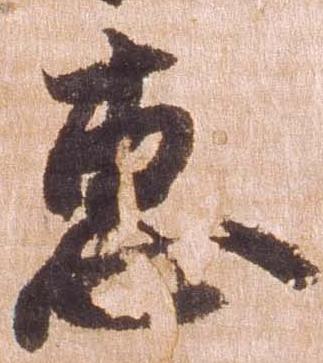
恵